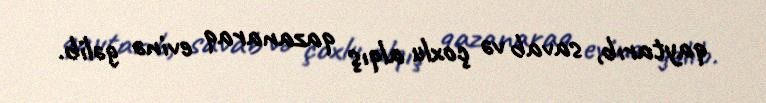
qaytarıb, savab və çoxlu alqış qazanaraq evinə gəlib.